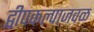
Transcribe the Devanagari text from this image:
द्वीपकल्पाजवळ